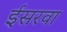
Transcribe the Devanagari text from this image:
ईसरवा